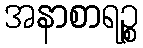
အနာစာရဉ္စ